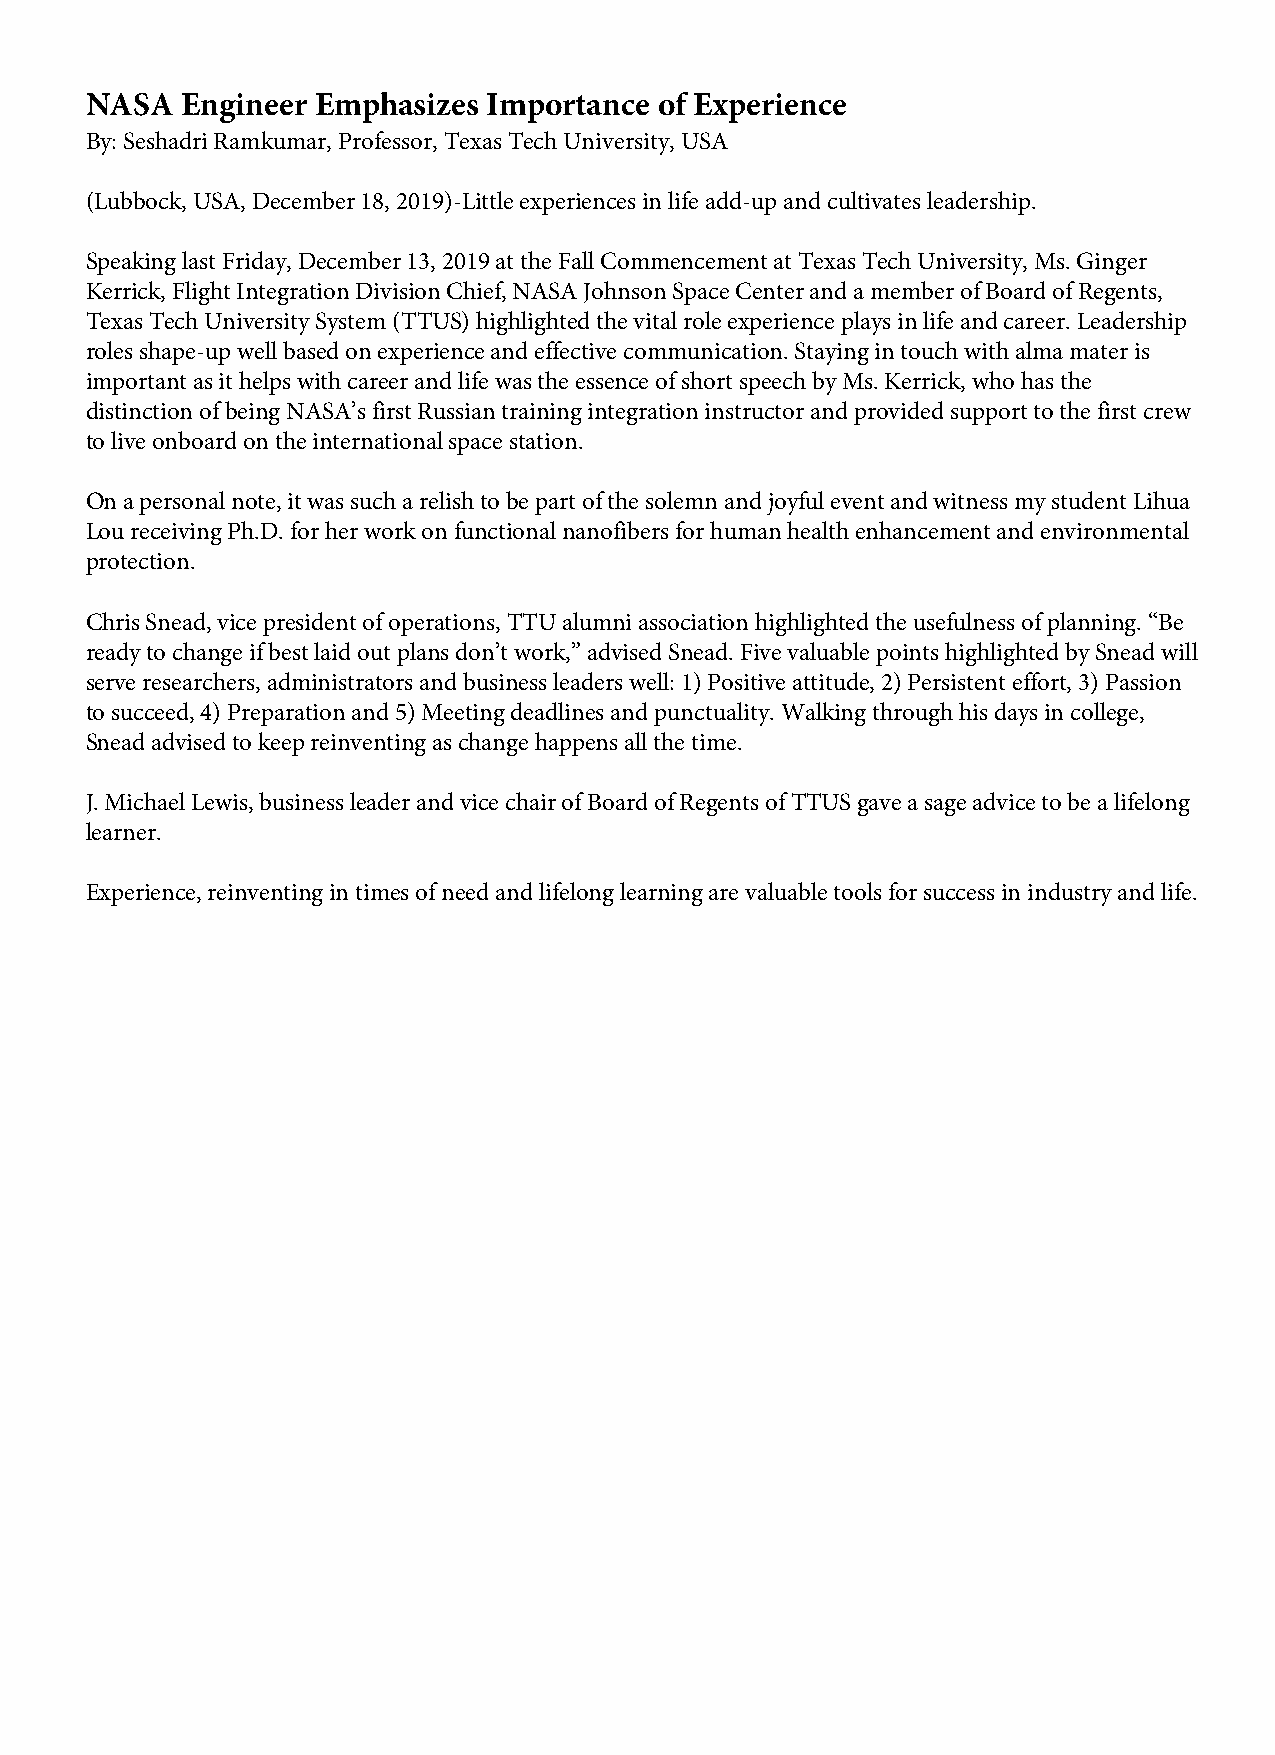
NASA  Engineer Emphasizes Importance  of Experience
 By: Seshadri Ramkumar, Professor, Texas Tech University, USA
 (Lubbock, USA, December 18, 2019)-Little experiences in life add-up and cultivates leadership.
 Speaking last Friday, December 13, 2019 at the Fall Commencement at Texas Tech University, Ms. Ginger
 Kerrick, Flight Integration Division Chief, NASA Johnson Space Center and a member of Board of Regents,
 Texas Tech University System (TTUS) highlighted the vital role experience plays in life and career. Leadership
 roles shape-up well based on experience and effective communication. Staying in touch with alma mater is
 important as it helps with career and life was the essence of short speech by Ms. Kerrick, who has the
 distinction of being NASA’s first Russian training integration instructor and provided support to the first crew
 to live onboard on the international space station.
 On a personal note, it was such a relish to be part of the solemn and joyful event and witness my student Lihua
 Lou receiving Ph.D. for her work on functional nanofibers for human health enhancement and environmental
 protection.
 Chris Snead, vice president of operations, TTU alumni association highlighted the usefulness of planning. “Be
 ready to change if best laid out plans don’t work,” advised Snead. Five valuable points highlighted by Snead will
 serve researchers, administrators and business leaders well: 1) Positive attitude, 2) Persistent effort, 3) Passion
 to succeed, 4) Preparation and 5) Meeting deadlines and punctuality. Walking through his days in college,
 Snead advised to keep reinventing as change happens all the time.
 J.Michael Lewis, business leader and vice chair of Board of Regents of TTUS gave a sage advice to be a lifelong
 learner.
 Experience, reinventing in times of need and lifelong learning are valuable tools for success in industry and life.